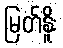
မြတ်နိူး